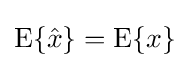
\operatorname {E} \{{\hat {x}}\}=\operatorname {E} \{x\}